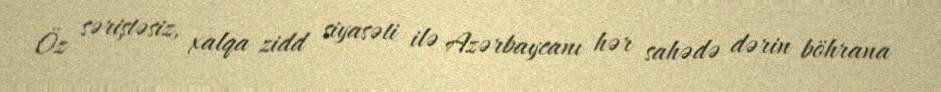
Öz səriştəsiz, xalqa zidd siyasəti ilə Azərbaycanı hər sahədə dərin böhrana